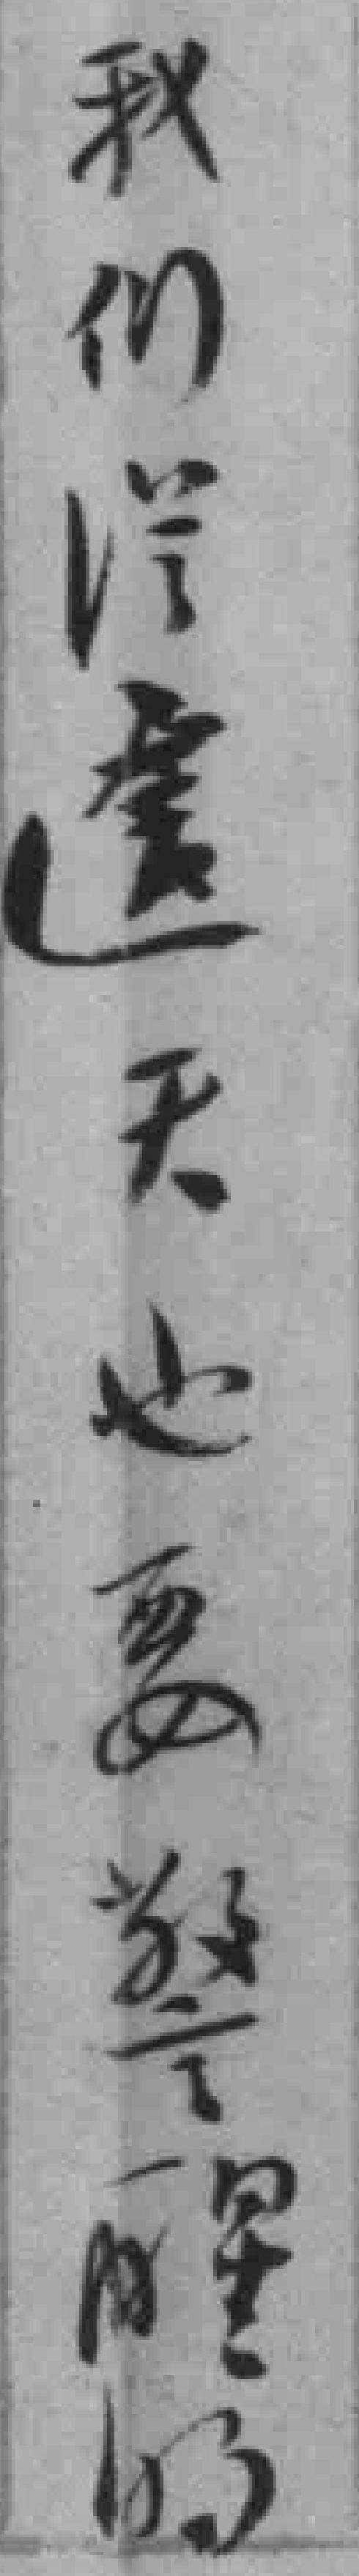
我们從這天也要警醒的